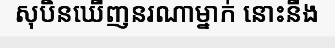
សុបិនឃើញនរណាម្នាក់ នោះនឹង